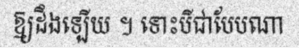
ឱ្យដឹងឡើយ ។ ទោះបីជាបែបណា